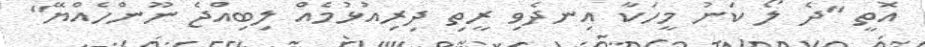
އޮތީ "ދެ ލޯ ކަނު މީހަކާ އިނދެވި ރީތި ދިރިއުޅުމެއް ލިބިއްޖެ ނޫންހެއްޔޭ"